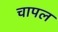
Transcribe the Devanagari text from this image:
चापल